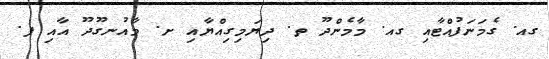
ގއ. ގެމަނަފުއްޓާއި ގއ. މާމެންދޫ ތ. ދިޔަމިގިއްޔާއި ށ. މާއުނގޫދޫ އާއި ފ.